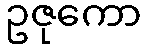
ဥဇုကော